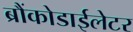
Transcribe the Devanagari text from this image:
ब्रौंकोडाईलेटर